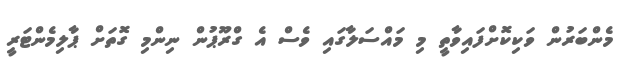
މެންބަރުން ވަކިކޮށްފައިވާތީ މި މައްސަލާގައި ވެސް އެ ގްރޫޕުން ނިންމި ގޮތަށް ޕާލިމެންޓަރީ